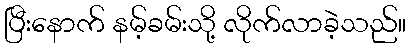
ပြီးနောက် နမ့်ခမ်းသို့ လိုက်လာခဲ့သည်။